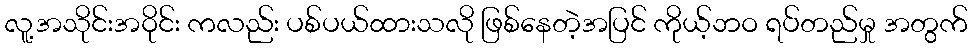
လူ့အသိုင်းအဝိုင်း ကလည်း ပစ်ပယ်ထားသလို ဖြစ်နေတဲ့အပြင် ကိုယ့်ဘဝ ရပ်တည်မှု အတွက်